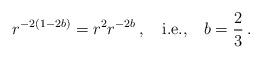
LaTeX: \begin{align*}r^{-2(1-2b)}=r^2r^{-2b}\,,\quad \hbox{i.e.,}\quad b=\frac23\,.\end{align*}